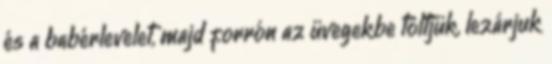
és a babérlevelet, majd forrón az üvegekbe töltjük, lezárjuk